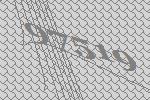
97519